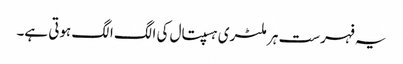
یہ فہرست ہر ملٹری ہسپتال کی الگ الگ ہوتی ہے۔